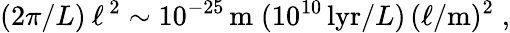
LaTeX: (2\pi/L)\: \ell^{\, 2}\sim 10^{-25}\, \mathrm{m}\; (10^{10}\, \mathrm{lyr}/L)\, (\ell/\mathrm{m})^{2}\; ,